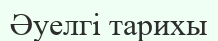
Әуелгі тарихы